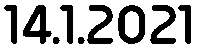
14.1.2021